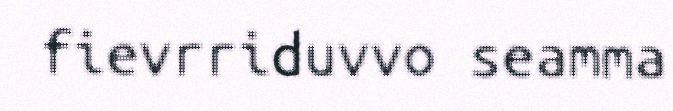
fievrriduvvo seamma